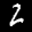
Label: 2